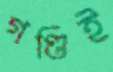
গণ্ডিই